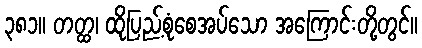
၃၈၁။ တတ္ထ၊ ထိုပြည့်စုံစေအပ်သော အကြောင်းတို့တွင်။